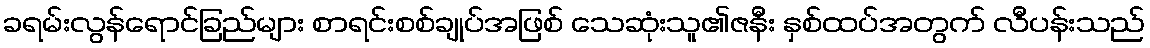
ခရမ်းလွန်ရောင်ခြည်များ စာရင်းစစ်ချုပ်အဖြစ် သေဆုံးသူ၏ဇနီး နှစ်ထပ်အတွက် လီပန်းသည်